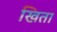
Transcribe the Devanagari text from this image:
खिता